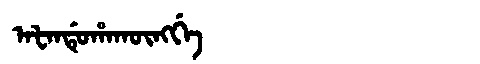
Manchu: ᠠᡶᠠᠨᡩᡠᡥᠠᡴᡡᠩᡤᡝ
Romanization: AFANDUHAKŪNGGE